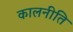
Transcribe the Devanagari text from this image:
कालनीति